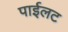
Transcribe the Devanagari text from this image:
पाईलट